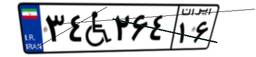
۷۲W۲۱۴۲۴